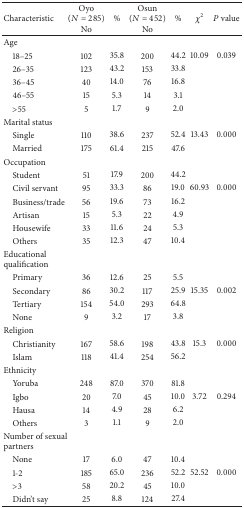
<table><thead><tr><td><b>Characteristic</b></td><td><b>Oyo (<i>N</i> = 285)No</b></td><td><b>%</b></td><td><b>Osun (<i>N</i> = 452) No</b></td><td><b>%</b></td><td><b><i>χ</i><sup>2</sup></b></td><td><b><i>P</i> value</b></td></tr></thead><tbody><tr><td>Age</td><td> </td><td> </td><td> </td><td> </td><td> </td><td> </td></tr><tr><td> 18–25</td><td>102</td><td>35.8</td><td>200</td><td>44.2</td><td>10.09</td><td>0.039</td></tr><tr><td> 26–35</td><td>123</td><td>43.2</td><td>153</td><td>33.8</td></tr><tr><td> 36–45</td><td>40</td><td>14.0</td><td>76</td><td>16.8</td></tr><tr><td> 46–55</td><td>15</td><td>5.3</td><td>14</td><td>3.1</td></tr><tr><td> &gt;55</td><td>5</td><td>1.7</td><td>9</td><td>2.0</td></tr><tr><td>Marital status</td><td> </td><td> </td><td> </td><td> </td><td> </td><td> </td></tr><tr><td> Single</td><td>110</td><td>38.6</td><td>237</td><td>52.4</td><td>13.43</td><td>0.000</td></tr><tr><td> Married</td><td>175</td><td>61.4</td><td>215</td><td>47.6</td><td> </td><td> </td></tr><tr><td>Occupation</td><td> </td><td> </td><td> </td><td> </td><td> </td><td> </td></tr><tr><td> Student</td><td>51</td><td>17.9</td><td>200</td><td>44.2</td><td> </td><td> </td></tr><tr><td> Civil servant</td><td>95</td><td>33.3</td><td>86</td><td>19.0</td><td>60.93</td><td>0.000</td></tr><tr><td> Business/trade</td><td>56</td><td>19.6</td><td>73</td><td>16.2</td></tr><tr><td> Artisan</td><td>15</td><td>5.3</td><td>22</td><td>4.9</td></tr><tr><td> Housewife</td><td>33</td><td>11.6</td><td>24</td><td>5.3</td></tr><tr><td> Others</td><td>35</td><td>12.3</td><td>47</td><td>10.4</td></tr><tr><td>Educational qualification</td><td> </td><td> </td><td> </td><td> </td><td> </td><td> </td></tr><tr><td> Primary</td><td>36</td><td>12.6</td><td>25</td><td>5.5</td><td> </td><td> </td></tr><tr><td> Secondary</td><td>86</td><td>30.2</td><td>117</td><td>25.9</td><td>15.35</td><td>0.002</td></tr><tr><td> Tertiary</td><td>154</td><td>54.0</td><td>293</td><td>64.8</td></tr><tr><td> None</td><td>9</td><td>3.2</td><td>17</td><td>3.8</td></tr><tr><td>Religion</td><td> </td><td> </td><td> </td><td> </td><td> </td><td> </td></tr><tr><td> Christianity</td><td>167</td><td>58.6</td><td>198</td><td>43.8</td><td>15.3</td><td>0.000</td></tr><tr><td> Islam</td><td>118</td><td>41.4</td><td>254</td><td>56.2</td><td> </td><td> </td></tr><tr><td>Ethnicity</td><td> </td><td> </td><td> </td><td> </td><td> </td><td> </td></tr><tr><td> Yoruba</td><td>248</td><td>87.0</td><td>370</td><td>81.8</td><td> </td><td> </td></tr><tr><td> Igbo</td><td>20</td><td>7.0</td><td>45</td><td>10.0</td><td>3.72</td><td>0.294</td></tr><tr><td> Hausa</td><td>14</td><td>4.9</td><td>28</td><td>6.2</td></tr><tr><td> Others</td><td>3</td><td>1.1</td><td>9</td><td>2.0</td></tr><tr><td>Number of sexual partners</td><td> </td><td> </td><td> </td><td> </td><td> </td><td> </td></tr><tr><td> None</td><td>17</td><td>6.0</td><td>47</td><td>10.4</td><td> </td><td> </td></tr><tr><td> 1-2</td><td>185</td><td>65.0</td><td>236</td><td>52.2</td><td>52.52</td><td>0.000</td></tr><tr><td> &gt;3</td><td>58</td><td>20.2</td><td>45</td><td>10.0</td></tr><tr><td> Didn&#x27;t say</td><td>25</td><td>8.8</td><td>124</td><td>27.4</td></tr></tbody></table>